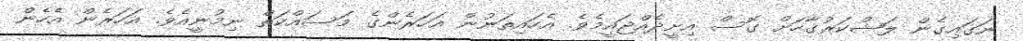
ނަގައިގެން ލަޝްކަރުގާހަށް ގޮސް އިށީދެއްޖައީމެވެ. އެހައިތަނުން އަހަރެންގެ މަސައްކަތް ނިމުނީއެވެ. އަހަރެން އެހެން